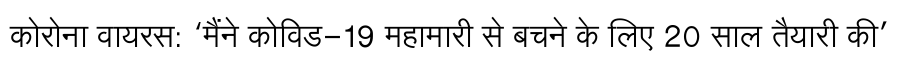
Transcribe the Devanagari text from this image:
कोरोना वायरस: ‘मैंने कोविड-19 महामारी से बचने के लिए 20 साल तैयारी की’